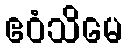
ဧဝံသိမေ